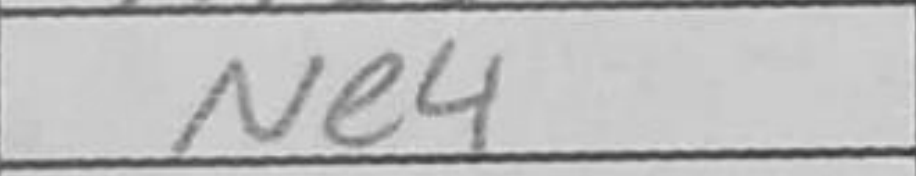
Transcription: Ne4